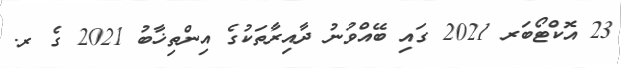
23 އޮކްޓޯބަރ 2021 ގައި ބޭއްވުނު ދާއިރާތަކުގެ އިންތިޚާބު 2021 ގެ ރ.